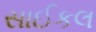
સાઈકલ